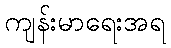
ကျန်းမာရေးအရ